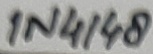
Text: 1N4148